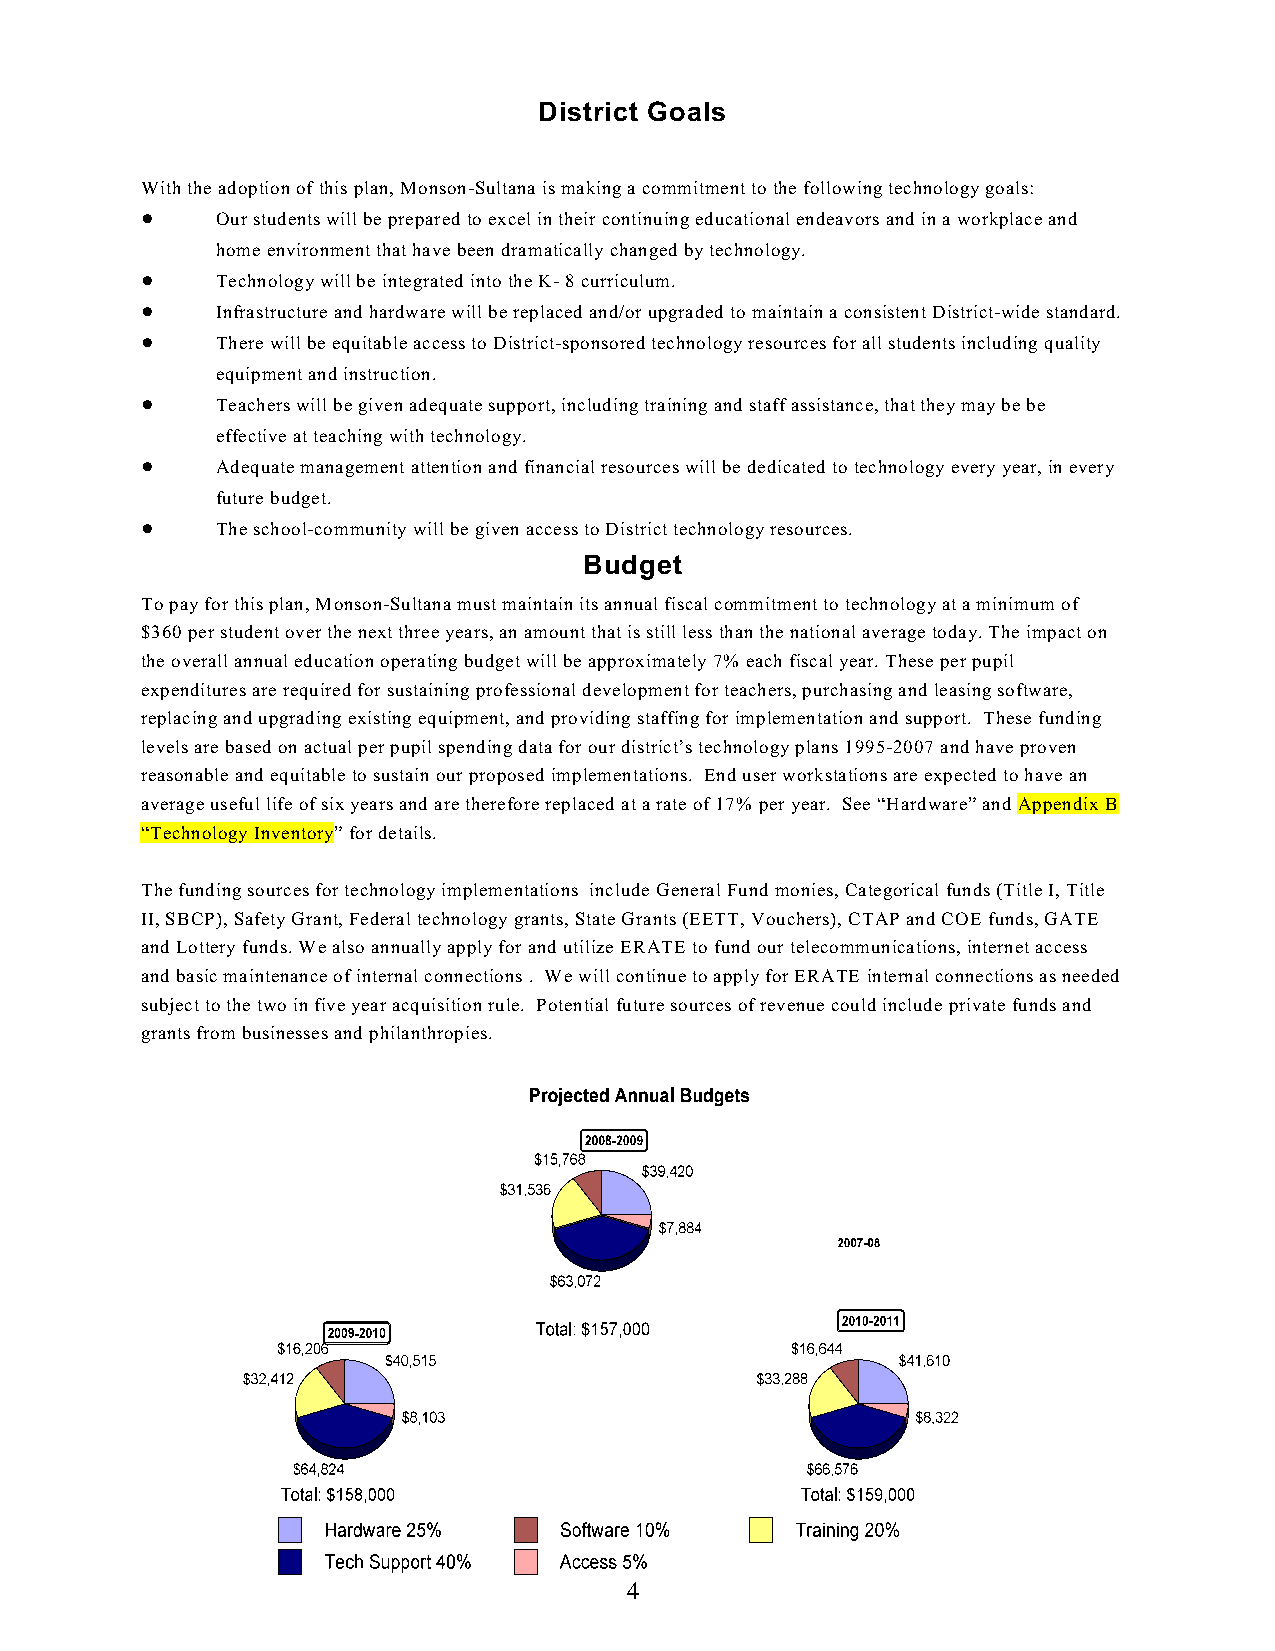
District Goals
 With the adoption of this plan, Monson-Sultana is making a commitment to the following technology goals:
 !    Our students will be prepared to excel in their continuing educational endeavors and in a workplace and
 home environment that have been dramatically changed by technology.
 !    Technology will be integrated into the K- 8 curriculum.
 !    Infrastructure and hardware will be replaced and/or upgraded to maintain a consistent District-wide standard.
 !    There will be equitable access to District-sponsored technology resources for all students including quality
 equipment and instruction.
 !    Teachers will be given adequate support, including training and staff assistance, that they may be be
 effective at teaching with technology.
 !    Adequate management attention and financial resources will be dedicated to technology every year, in every
 future budget.
 !    The school-community will be given access to District technology resources.
 Budget
 To pay for this plan, Monson-Sultana must maintain its annual fiscal commitment to technology at a minimum of
 $360 per student over the next three years, an amount that is still less than the national average today. The impact on
 the overall annual education operating budget will be approximately 7% each fiscal year. These per pupil
 expenditures are required for sustaining professional development for teachers, purchasing and leasing software,
 replacing and upgrading existing equipment, and providing staffing for implementation and support. These funding
 levels are based on actual per pupil spending data for our district’s technology plans 1995-2007 and have proven
 reasonable and equitable to sustain our proposed implementations. End user workstations are expected to have an
 average useful life of six years and are therefore replaced at a rate of 17% per year. See “Hardware” and Appendix B
 “Technology Inventory” for details.
 The funding sources for technology implementations include General Fund monies, Categorical funds (Title I, Title
 II, SBCP), Safety Grant, Federal technology grants, State Grants (EETT, Vouchers), CTAP and COE funds, GATE
 and Lottery funds. We also annually apply for and utilize ERATE to fund our telecommunications, internet access
 and basic maintenance of internal connections . We will continue to apply for ERATE internal connections as needed
 subject to the two in five year acquisition rule. Potential future sources of revenue could include private funds and
 grants from businesses and philanthropies.
 4